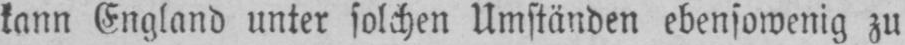
kann England unter solchen Umständen ebensowenig zu